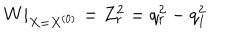
W | _ { X = X ^ { ( 0 ) } } = Z _ { r } ^ { 2 } = q _ { r } ^ { 2 } - q _ { I } ^ { 2 }